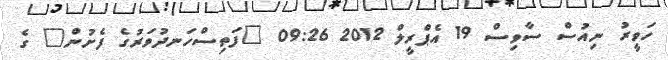
ހަވީރު ނިއުސް ސާވިސް 19 އެޕްރީލް 2012 09:26 "ފަތިސްހަނދުވަރުގެ ފެށުން" ގެ